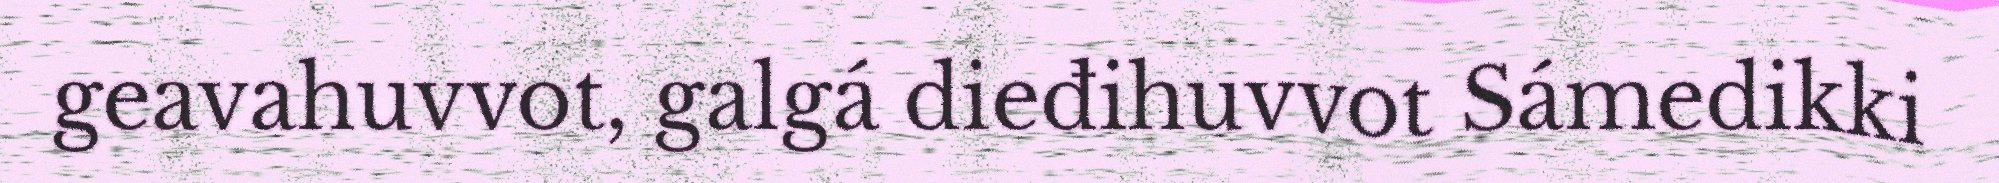
geavahuvvot, galgá dieđihuvvot Sámedikki